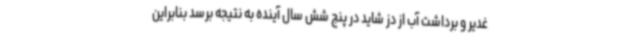
غدیر و برداشت آب از دز شاید در پنج شش سال آینده به نتیجه برسد بنابراین